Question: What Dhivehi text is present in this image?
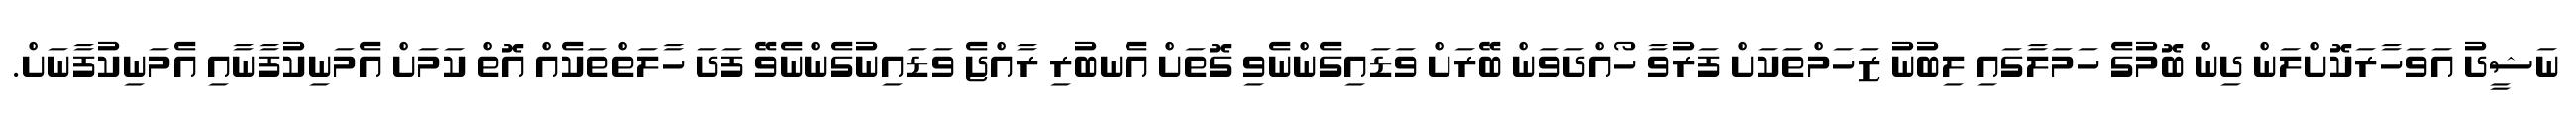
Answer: ނަޝީދު އަވަހާރަކޮށްލަން ދިން ބޮމުގެ ހަމަލާގައި ލިބުނު ޒަހަމްތަކަށް ފަރުވާ ހޯއްދަވަން ބޭރަށް ވަޑައިގެންނެވި ގޮތަށް އެނބުރި ރާއްޖެ ވަޑައިނުގެންނެވޭ ފަދަ ހާލަތްތަކެއް އޮތް ކަމަށް އެމަނިކުފާނާއި އެމަނިކުފާނަށް.